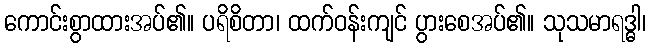
ကောင်းစွာထားအပ်၏။ ပရိစိတာ၊ ထက်ဝန်းကျင် ပွားစေအပ်၏။ သုသမာရဒ္ဓါ၊